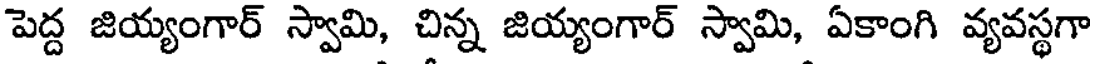
పెద్ద జియ్యంగార్ స్వామి, చిన్న జియ్యంగార్ స్వామి, ఏకాంగి వ్యవస్థగా